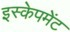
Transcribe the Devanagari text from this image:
इस्केपमेंट